Lunatic asylums Bombay report 1878-1890 - 1878-1890
Year: 1878
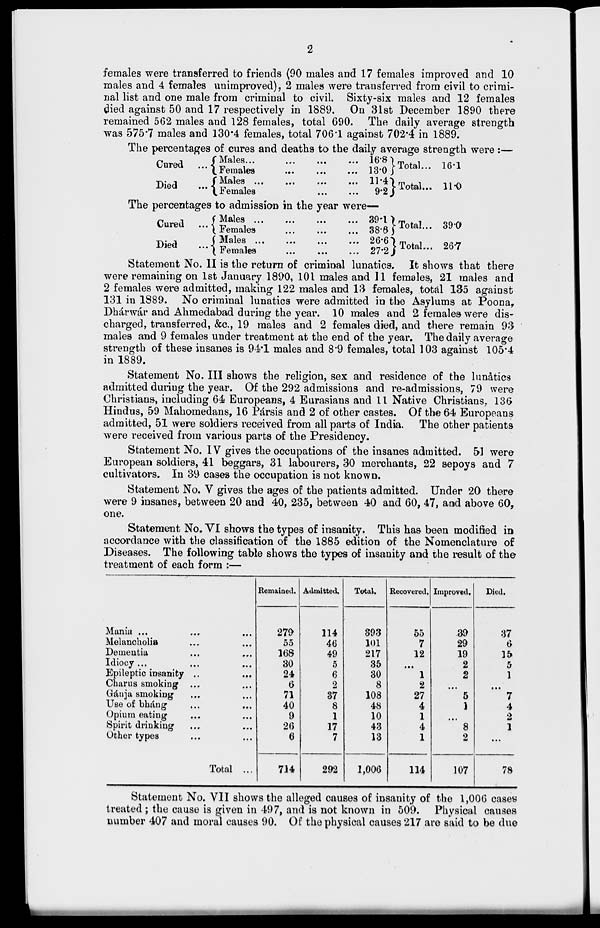
2
females were transferred to friends (90 males and 17 females improved and 10
males and 4 females unimproved), 2 males were transferred from civil to crimi-
nal list and one male from criminal to civil. Sixty-six males and 12 females
died against 50 and 17 respectively in 1889. On 31st December 1890 there
remained 562 males and 128 females, total 690. The daily average strength
was 575.7 males and 130.4 females, total 706.1 against 702.4 in 1889.
The percentages of cures and deaths to the daily average strength were :—
Cured ...
Died
...
Males ... ... ... ...
Females ... ... ...
Males
...
...
... ...
Females ... ...
16.8
13.0
11.4
9.2
Total...
Total...
16.1
11.0
The percentages to admission in the year were—
Cured
...
Died
...
Males ...
...
...
...
Females ... ... ...
Males
...
...
...
...
Females ... ... ...
39.1
38.6
26.6
27.2
Total...
Total...
39.0
26.7
Statement No. II is the return of criminal lunatics. It shows that there
were remaining on 1st January 1890, 101 males and 11 females, 21 males and
2 females were admitted, making 122 males and 13 females, total 135 against
131 in 1889. No criminal lunatics were admitted in the Asylums at Poona,
Dhárwár and Ahmedabad during the year. 10 males and 2 females were dis-
charged, transferred, &c., 19 males and 2 females died, and there remain 93
males and 9 females under treatment at the end of the year. The daily average
strength of these insanes is 94.1 males and 8.9 females, total 103 against 105.4
in 1889.
Statement No. III shows the religion, sex and residence of the lunatics
admitted during the year. Of the 292 admissions and re-admissions, 79 were
Christians, including 64 Europeans, 4 Eurasians and 11 Native Christians, 136
Hindus, 59 Mahomedans, 16 Pársis and 2 of other castes. Of the 64 Europeans
admitted, 51 were soldiers received from all parts of India. The other patients
were received from various parts of the Presidency.
Statement No. IV gives the occupations of the insanes admitted. 51 were
European soldiers, 41 beggars, 31 labourers, 30 merchants, 22 sepoys and 7
cultivators. In 39 cases the occupation is not known.
Statement No. V gives the ages of the patients admitted. Under 20 there
were 9 insanes, between 20 and 40, 235, between 40 and 60, 47, and above 60,
one.
Statement No. VI shows the types of insanity. This has been modified in
accordance with the classification of the 1885 edition of the Nomenclature of
Diseases. The following table shows the types of insanity and the result of the
treatment of each form :—
Mania ... ... ...
Melancholia ... ...
Dementia ... ...
Idiocy ... ... ...
Epileptic insanity ... ...
Charus smoking ... ...
Gánja smoking ... ...
Use of bháng ... ...
Opium eating ... ...
Spirit drinking ... ...
Other types ... ...
Total ...
Remained.
279
55
168
30
24
6
71
40
9
26
6
714
Admitted.
114
46
49
5
6
2
37
8
1
17
7
292
Total.
393
101
217
35
30
8
108
48
10
43
13
1,006
Recovered.
55
7
12
...
1
2
27
4
1
4
1
114
Improved.
39
29
19
2
2
...
5
1
...
8
2
107
Died.
37
6
15
5
1
...
7
4
2
1
...
78
Statement No. VII shows the alleged causes of insanity of the 1,006 cases
treated ; the cause is given in 497, and is not known in 509. Physical causes
number 407 and moral causes 90. Of the physical causes 217 are said to be due